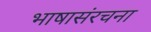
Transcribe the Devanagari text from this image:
भाषासंरचना